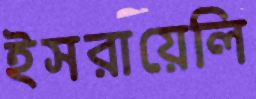
ইসরায়েলি